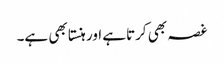
غصہ بھی کرتاہے اور ہنستا بھی ہے۔